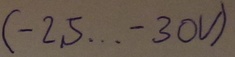
Text: (-25...-30V)